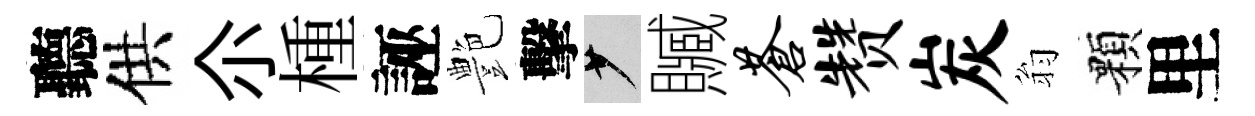
聽供尒㮔誣艶擊少贓苍赞炭翁顆里